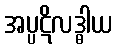
အပ္ပဋိလဒ္ဓါယ